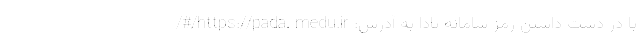
با در دست داشتن رمز سامانه پادا به آدرس: https://pada. medu.ir/#/